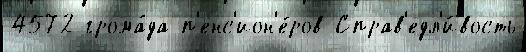
4572 грома́да п'енс'ион'е́ров Справ'едл'и́вость